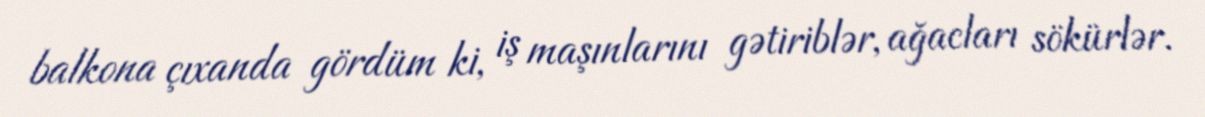
balkona çıxanda gördüm ki, iş maşınlarını gətiriblər, ağacları sökürlər.